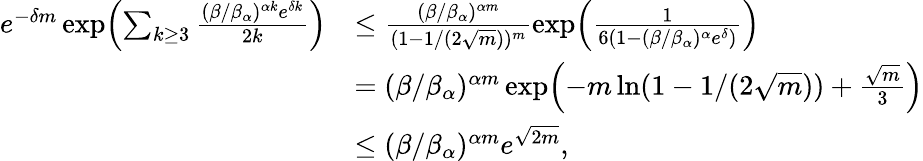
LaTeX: \begin{array}{rl}{e^{-\delta m}\exp\Bigl(\sum_{k\geq 3}\frac{(\beta/\beta_{\alpha})^{\alpha k}e^{\delta k}}{2k}\Bigr)}&{\leq\frac{(\beta/\beta_{\alpha})^{\alpha m}}{(1-1/(2\sqrt{m}))^{m}}\exp\Bigl(\frac{1}{6(1-(\beta/\beta_{\alpha})^{\alpha}e^{\delta})}\Bigr)}\\ &{=(\beta/\beta_{\alpha})^{\alpha m}\exp\Bigl(-m\ln(1-1/(2\sqrt{m}))+\frac{\sqrt{m}}{3}\Bigr)}\\ &{\le(\beta/\beta_{\alpha})^{\alpha m}e^{\sqrt{2m}},}\end{array}